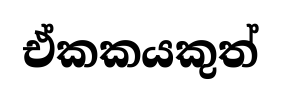
ඒකකයකුත්